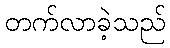
တက်လာခဲ့သည်